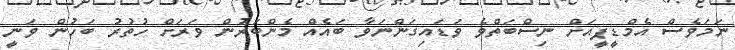
ނަމަވެސް އެމްޑީޕީއަށް ނިސްބަތްވެ ވަޑައިގަންނަވާ ބައެއް މެންބަރުން ވަރަށް ހުތުރު ބަހުން ވަނީ